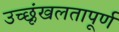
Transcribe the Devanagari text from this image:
उच्छृंखलतापूर्ण